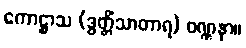
ကောဋ္ဌာသ (ဒွတ္တိံသာတာရ) ဝဏ္ဏနာ။